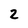
Character: 2